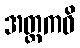
အတ္ထကဝိ